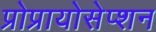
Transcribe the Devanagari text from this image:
प्रोप्रायोसेप्शन